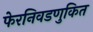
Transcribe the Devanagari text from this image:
फेरनिवडणुकित